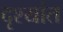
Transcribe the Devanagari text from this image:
दृश्यांत